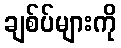
ချစ်ပ်များကို